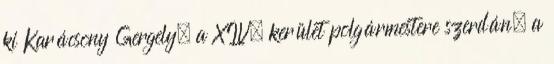
ki Karácsony Gergely, a XIV. kerület polgármestere szerdán, a